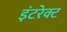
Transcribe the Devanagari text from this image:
इंटरेक्ट